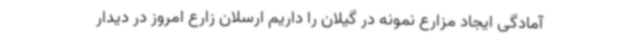
آمادگی ایجاد مزارع نمونه در گیلان را داریم ارسلان زارع امروز در دیدار